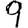
Digit: 9